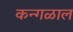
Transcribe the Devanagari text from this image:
कन्गळाल